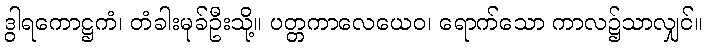
ဒွါရကောဋ္ဌကံ၊ တံခါးမုခ်ဦးသို့။ ပတ္တကာလေယေဝ၊ ရောက်သော ကာလ၌သာလျှင်။